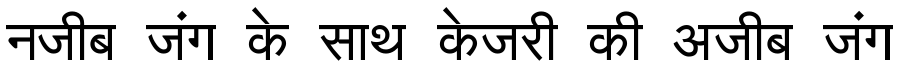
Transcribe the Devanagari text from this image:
नजीब जंग के साथ केजरी की अजीब जंग